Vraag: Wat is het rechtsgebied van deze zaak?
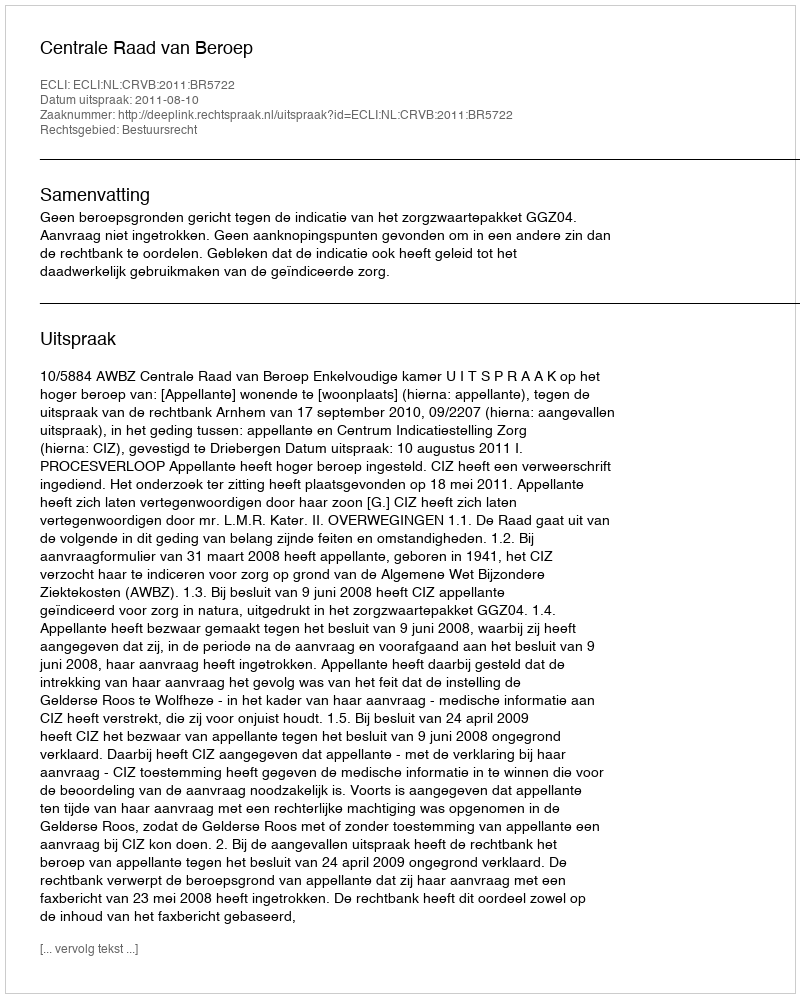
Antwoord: Bestuursrecht